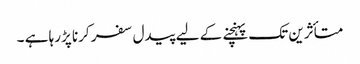
متأثرین تک پہنچنے کے لیے پیدل سفر کرنا پڑرہا ہے ۔